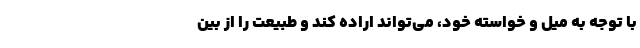
با توجه به میل و خواسته خود، می‌تواند اراده کند و طبیعت را از بین